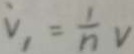
v _ { 1 } = \frac { 1 } { n } v